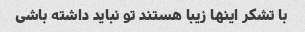
با تشکر اینها زیبا هستند تو نباید داشته باشی